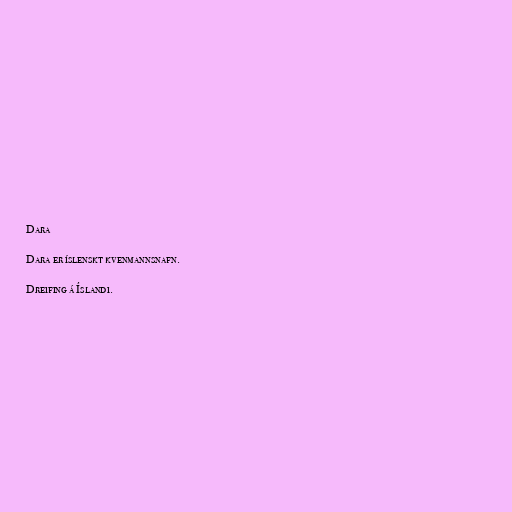
Dara

Dara er íslenskt kvenmannsnafn.

Dreifing á Íslandi.